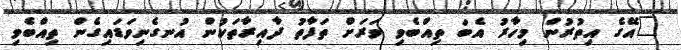
"އޭގެ އިތުރުން މިހާރު އެބަ ތިއްބެވި ވަރަށް ތަފާތު ދާއިރާތަކުން އުނގެނިވަޑައިގެން ތިއްބެވި